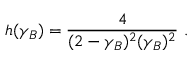
h ( \gamma _ { B } ) = { \frac { 4 } { ( 2 - \gamma _ { B } ) ^ { 2 } ( \gamma _ { B } ) ^ { 2 } } } \, \, .